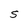
Character: S